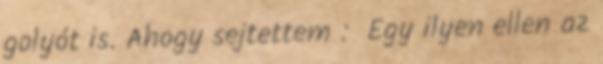
golyót is. Ahogy sejtettem : Egy ilyen ellen az